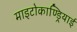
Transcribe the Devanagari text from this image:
माइटोकाण्ड्रियाई